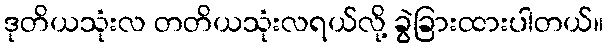
ဒုတိယသုံးလ တတိယသုံးလရယ်လို့ ခွဲခြားထားပါတယ်။